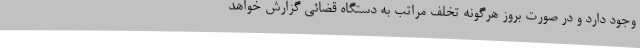
وجود دارد و در صورت بروز هرگونه تخلف مراتب به دستگاه قضائی گزارش خواهد